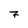
Character: 7